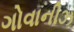
ગોવાનીઝ